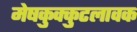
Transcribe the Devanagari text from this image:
मेषकुक्कुटलावक